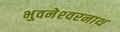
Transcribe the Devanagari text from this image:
भुवनेश्‍वरनाथ